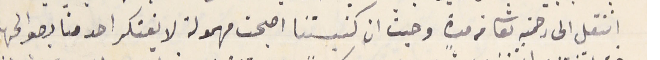
انتقل الى رحمته تعالى من مدةٍ وحيث ان كنيستنا اصبحت مهمولة لا يفتكر احد منا بصوالحها